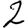
Digit: 2